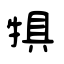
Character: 犋